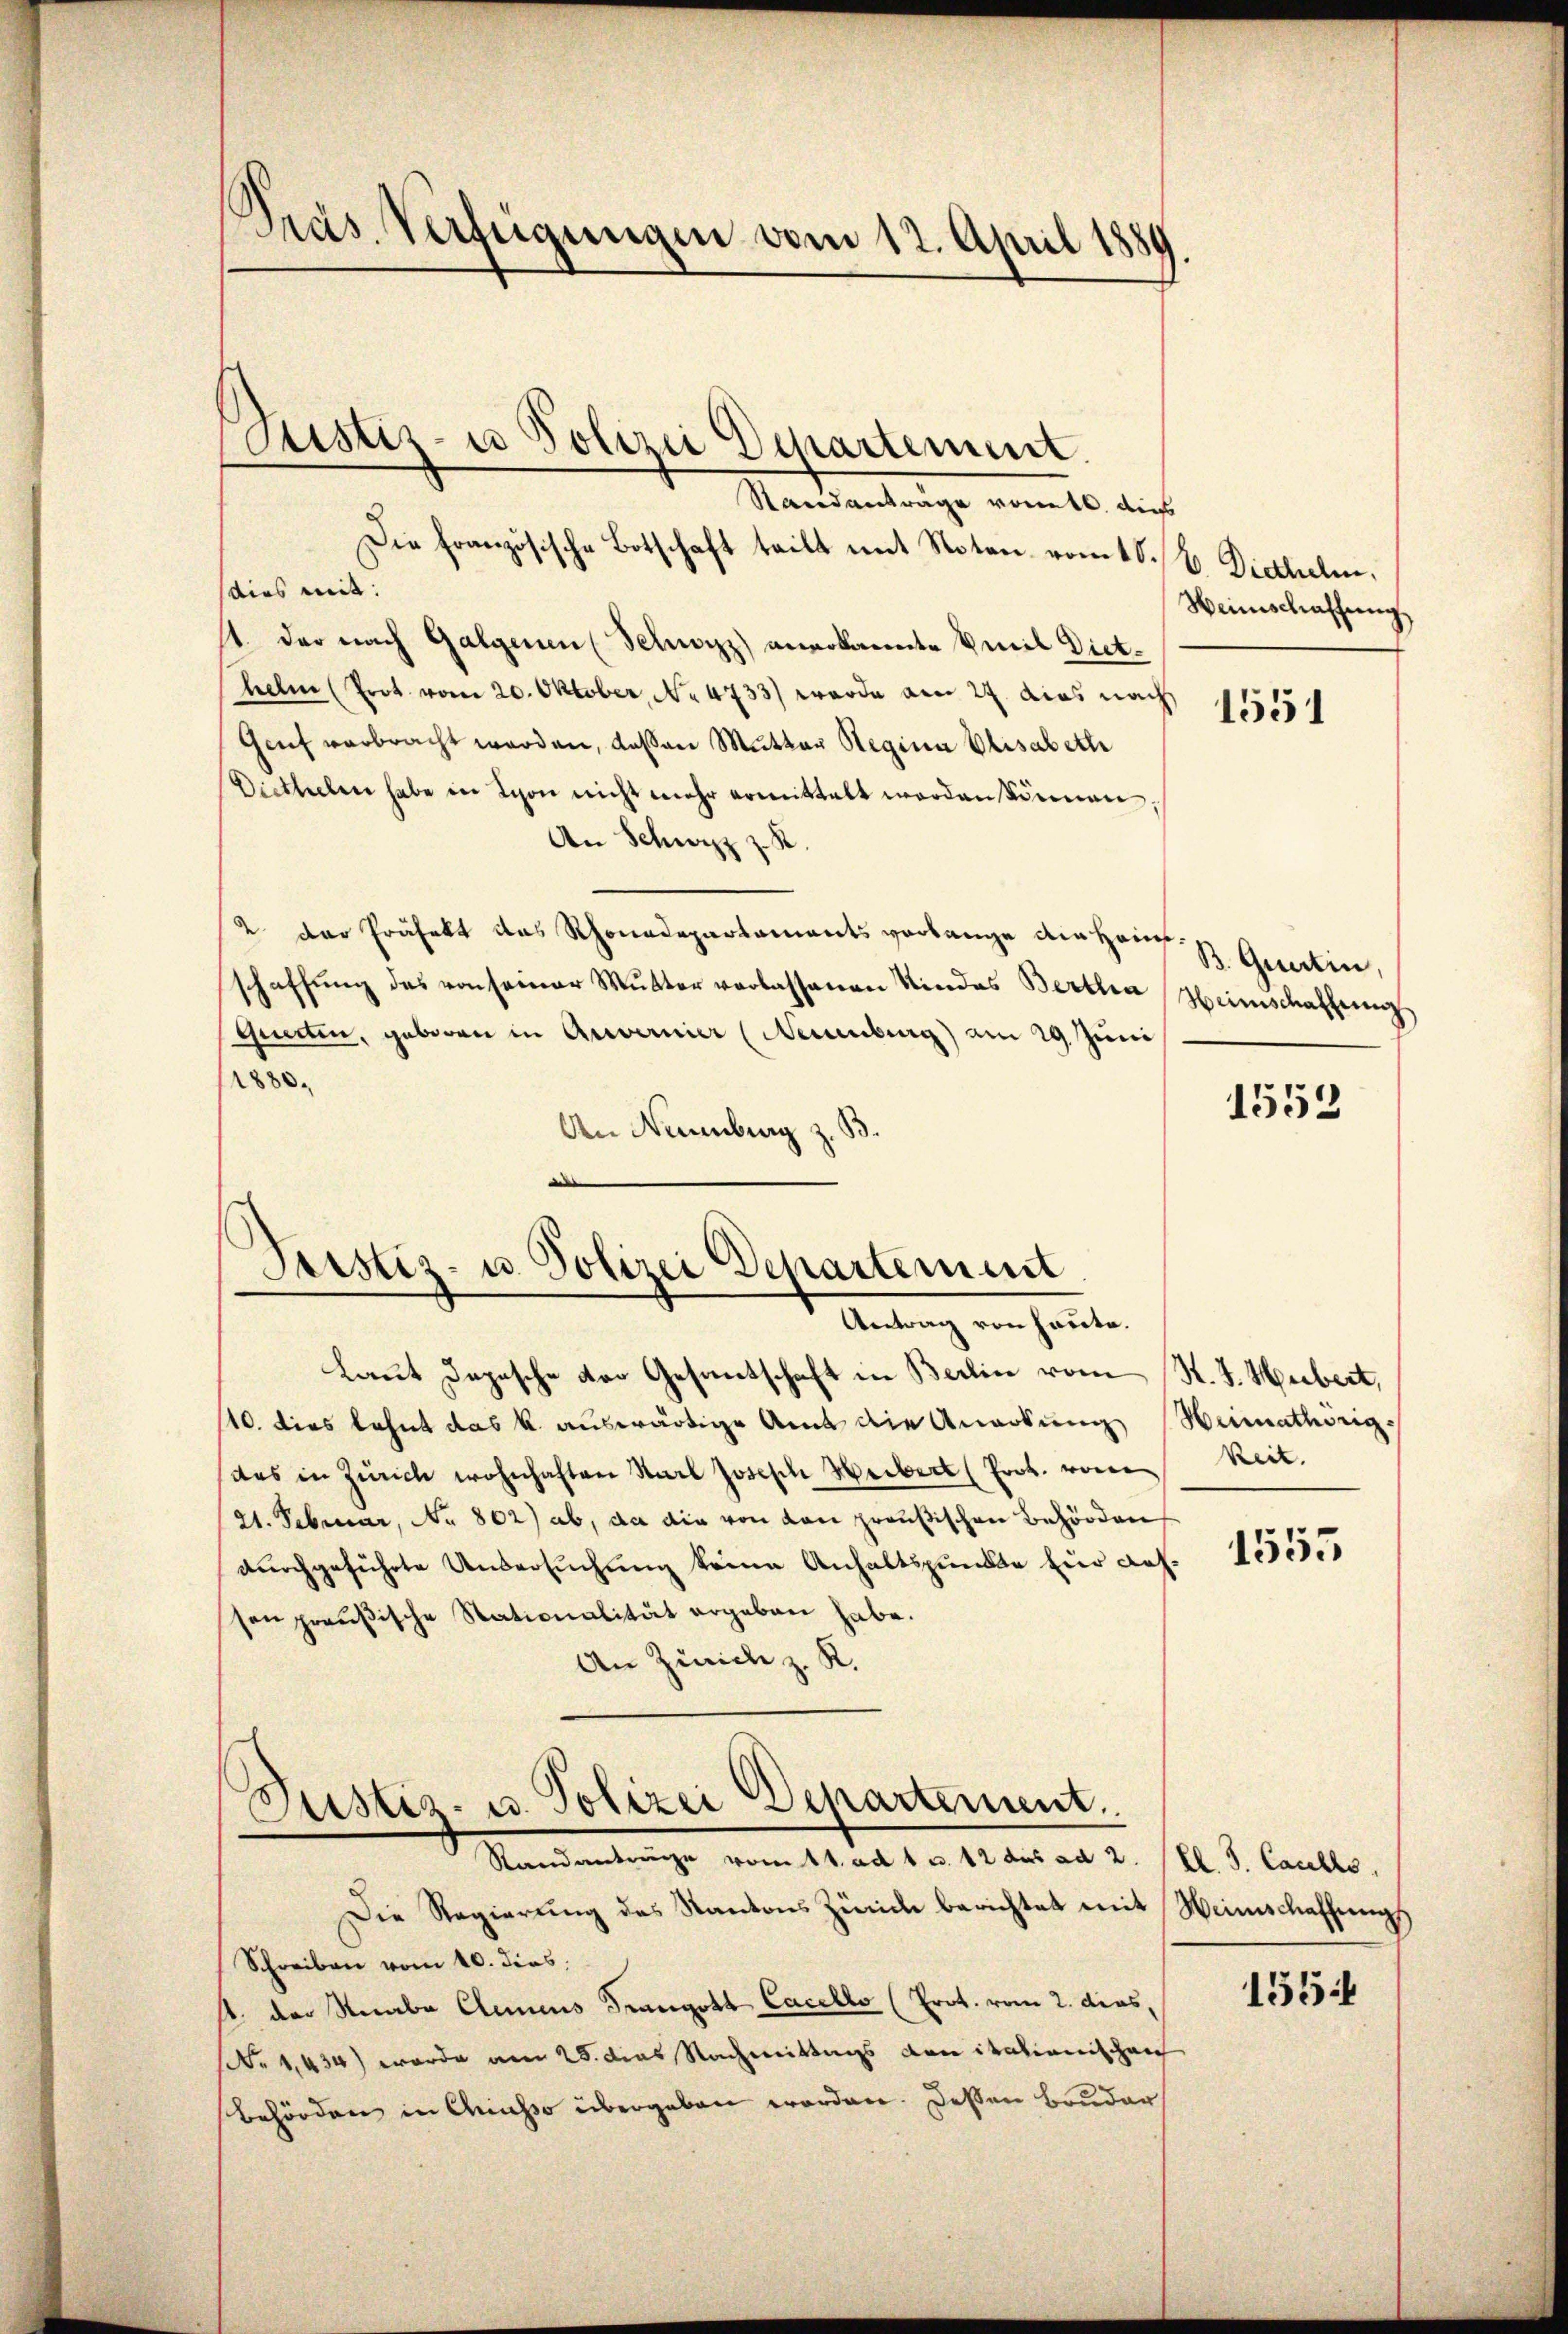
Präs. Verfügungen vom 12. April 1889

Justiz- u Polizei Departement.

Standanträge vonett. dies
Die französische Botschaft teilt mit Noten vom 10. V. Diethelm.
dies mit:
t. der nach Galgenen (Schwyz) anerkannte mit Diethelm (Prot. vom 20. Oktober, No 4733) werde am 27. dies nach
Genf verbracht werden, deßen Mutter Regina Elisabeth
Dietheilen habe in Schon nicht mehr ermittelt worden können
An Schwyz z. R
2 der Präfekt das Rhonadepartaments verlange die Heimschaffŭng des von seiner Mŭtter verlassenen Kindes Berthea Heimschaffŭng
Guerten, geboren in Anvernier (Neuenburg) am 29 Juni
1880.
An Neuenburg z. B.

Peistiz- u. Polizei Departement
—
Antrag von heute.

Laut Depesche der Gesantschaft in Berlin vom K. J. Herbert,
110. dies lehnt das k. auswärtige Amt die Anarbung Heimathörig-
das in Zürich wohnhaften Karl Joseph Weibert (Frob. von Reit.
(21. Februar, No 802) ab, da die von den preußischen Behörden
durchgeführte Untersuchung keine Anhaltspunkte für dessen preußische Stationalität ergeben habe.
An Zürich z. K.

Die Regierung des Kantons Zürich berichtet mit Weinschaffung
Schreiben vom 10. dies
st. der Knabe Elemens Frangott Cacello (Prot. vom 2. dies,
Nr 1,434) werde am 28. dies Nachmittags von italienischen
Behörden in Ausso übergeben worden. Dessen Bruder

Justiz- u. Polizei Departement.
Standanträge vom 11. ad 1. c. 12 des ad 2. (Bl. 3. Casells

Weinschaffung,

1551

B. Quartin,

1553

1555

1554